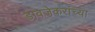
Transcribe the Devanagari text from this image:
डावजेकरांच्या